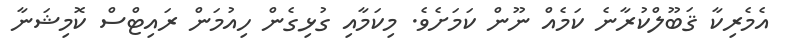
އެމެރިކާ ޤަބޫލްކުރާނެ ކަމެއް ނޫން ކަމަށެވެ. މިކަމާއި ގުޅިގެން ހިއުމަން ރައިޓްސް ކޮމިޝަނާ